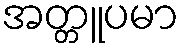
အတ္တူပမာ